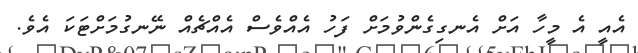
އެއީ އެ މީހާ އަށް އެނގިގެންވުމަށް ފަހު އެއްވެސް އެއްޗެއް ނޭނގުމަށްޓަކަ އެވެ.